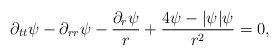
LaTeX: \begin{align*}\partial_{tt}\psi-\partial_{rr}\psi-\frac{\partial_r\psi}{r}+\frac{4\psi-|\psi|\psi}{r^2}=0,\end{align*}